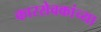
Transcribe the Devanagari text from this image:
कारसेवकांच्या